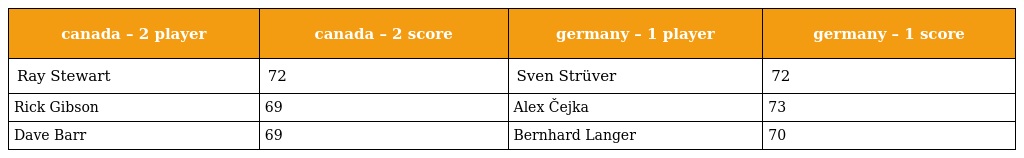
| canada – 2 player | canada – 2 score | germany – 1 player | germany – 1 score |
 | --- | --- | --- | --- |
 | Ray Stewart | 72 | Sven Strüver | 72 |
 | Rick Gibson | 69 | Alex Čejka | 73 |
 | Dave Barr | 69 | Bernhard Langer | 70 |